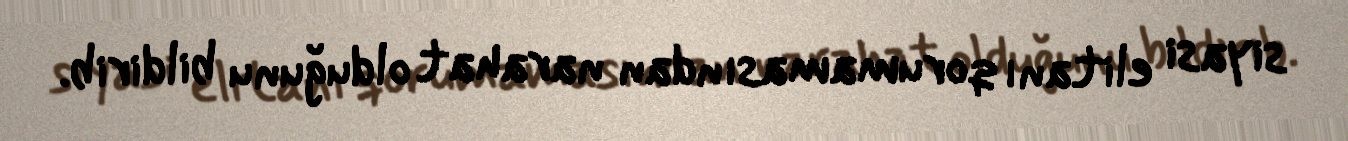
siyasi elitanı qorumamasından narahat olduğunu bildirib.